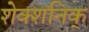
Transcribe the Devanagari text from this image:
शेक्शनिक्